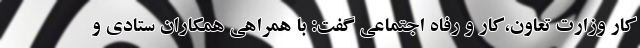
کار وزارت تعاون،کار و رفاه اجتماعی گفت: با همراهی همکاران ستادی و